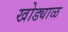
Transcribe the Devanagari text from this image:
खोड्याळ